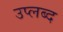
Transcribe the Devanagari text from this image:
उप्लब्द